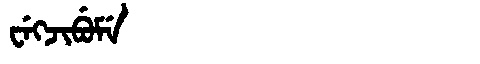
Manchu: ᠸᡝᡴᠵᡳᠪᡠᠮᡝ
Romanization: WEKJIBUME